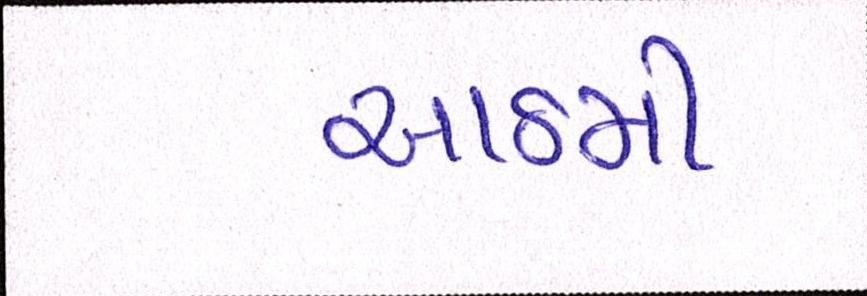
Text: આઠમી